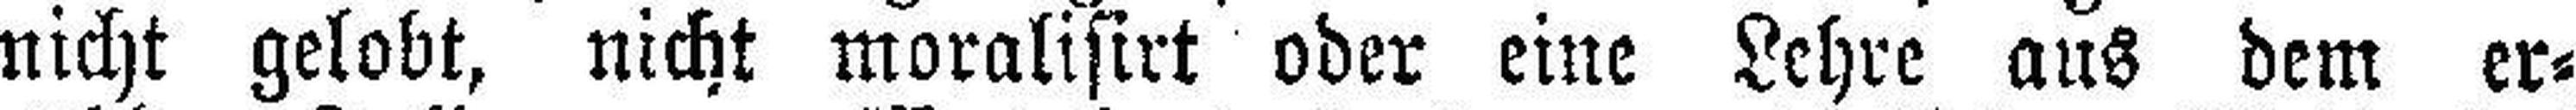
nicht gelobt, nicht moralisirt oder eine Lehre aus dem er¬